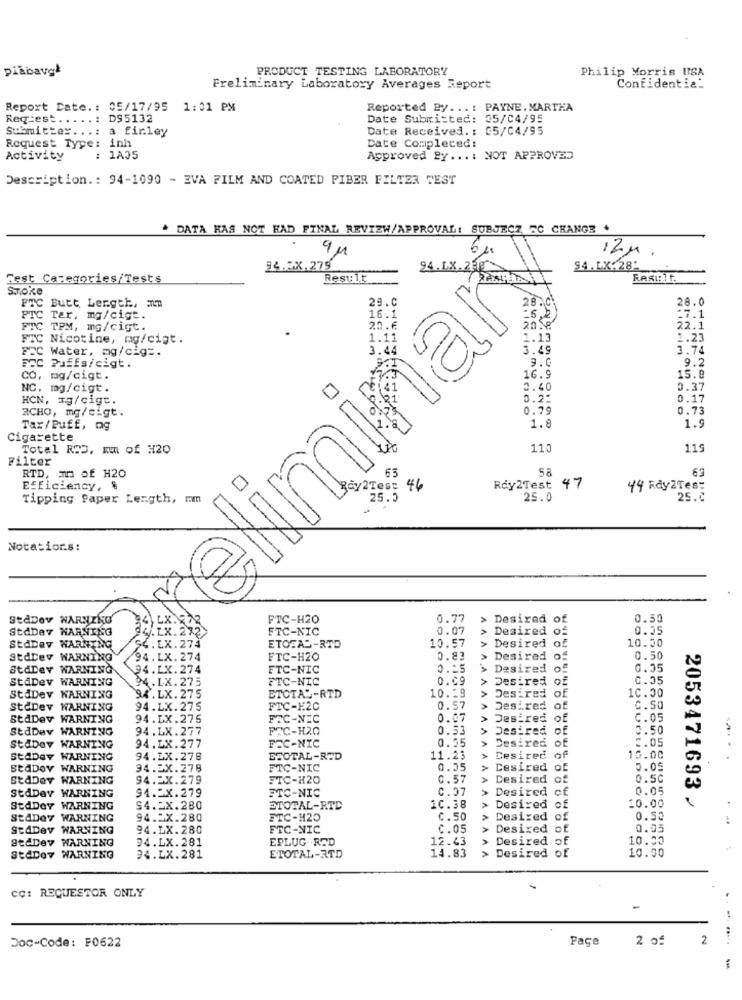
pi&bavgª
PRODUCT TESTING LABORATORY
Philip Morris USA
Preliminary Laboratory Averages Report
Confidential
Report Date .: 05/17/95 1:01 PM
Reported By ...: PAYNE. MARTHA
Req:est .....: D95132
Date Submitted: 35/04/95
Submitter. . .:
a finley
Date Received. : 05/04/95
Date Completed:
Request Type: inh
Activity
: 1A05
Approved By ...: NOT APPROVED
Description .: 94-1090 - EVA FILM AND COATED FIBER FILTER TEST
. DATA HAS NOT HAD FINAL REVIEW/APPROVAL! SUBJECZ SC CHANGE .
12M
9 M
94.2X.275
94.LX:281
Test Categories/Tests
RestLE
Smoke
Preliminary
28.0
FTC Butt Ler.gth, mm
29.0
16.1
FTC Tar. mg/cigt.
-6,2
17.1
FTC TPM, ING/cigt.
2.0.6
20.8
22.1
FTC Nicotine, mg/cigt.
1.13
1.23
FEC Water, mg/cig =.
3.49
3.74
9.2
FCC Puffs/cigt.
CO, mg/cigt.
16.9
15.8
NC. mg/cigt.
2.40
0.37
HCN, 3g/cigt.
0.25
0.17
RCHO, mg/cigt.
0.79
0.73
Tax/Puff, og
1.8
1.9
Cigarette
Total ROD, Em of #20
11:
119
Filter
63
63
RTD, mn of H20
Efficiency, &
dy2Test fø
Ray2Test
47
44 Rdy2Tes:
Tipping Paper Length, mm
25.5
25.0
25.0
Notatior.s:
StdDov WARNING
FTC-H20
0.77
Desired of
0.50
StdDay HARNING
FTC-NIC
0.07
Desired of
0.05
StdDav WARNING
ETOTAL -RTD
> Desired of
10.30
10.57
AAA
FTC-H20
2.83
> Desired of
0.50
StdDev WARNING
FTC-NIC
0.25
Desired of
.A
0.35
StaDev WARNING
4.LX.275
FTC-NIC
0.09
Desired of
0.55
A
StdDev WARNING
94.LX. 275
ETOTAL-RTD
10.29
Desired of
10.00
StdDev WARNING
94.LX.275
FTC-120
0.57
Desired of
AA
C.50
StdDev WARNING
94.LX.275
FFC-NEC
0.07
Desired of
C.05
StdDev WARNING
94.LX.277
PFC-H20
0.53
Desired of
0.50
94.LX.277
FEC-NIC
0.35
> Desired of
2.05
StaDev WARNING
StaDay WARNING
94.LX.278
ETOTAL-RED
11.23
> Desired of
15.00
StaDeY WARNING
94.2X.278
FTC-NIC
0.35
> Desired of
5.05
StdDer WARNING
94.5X.279
FTC-H20
0.57
A
Desired of
0.50
StdDay WARNING
94.2X.279
C.27
> Desired cf
0.05
FTC-NIC
10.00
StdDoy WARNING
94.2X.280
STOTAL-RTD
10.38
Desired of
2053471693 /
stADay WARNING
94.2X.280
FTC-120
C.50
Desized of
0.50
..
StADev WARNING
94.LX.280
FTC-NIC
C.05
Desixed of
0.05
St&Dev WARNING
94.LX.281
EPLUG RED
12.43
Desired of
10.00
> Desired of
10.00
StdDov WARNING
94.LX.281
ETOTAL-RTD
14.83
CC: REQUESTOR ONLY
. .
Doc-Code: F0622
Pace
2 01
2